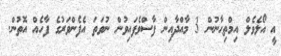
އީ އޯލެވެލް އިމްތިޙާނުން 3 މާއްދާއިން ފާސްވެފައިވުން ނުވަތަ އެފެންވަރުގެ ފާހެއް އޮތުން.